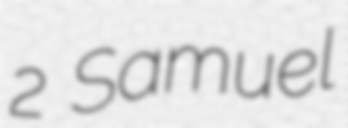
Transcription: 2 Samuel